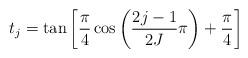
LaTeX: \begin{align*}t_j = \tan\left[\frac{\pi}{4}\cos\left(\frac{2j-1}{2J}\pi\right)+\frac{\pi}{4}\right]\end{align*}